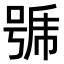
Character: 𭈹